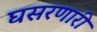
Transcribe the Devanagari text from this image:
घसरणारी